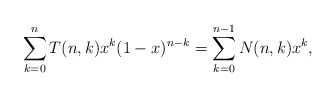
\begin{gather*}\sum_{k=0}^{n} T(n,k) x^k (1-x)^{n-k}=\sum_{k=0}^{n-1} N(n,k) x^k,\end{gather*}